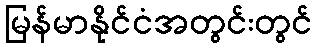
မြန်မာနိုင်ငံအတွင်းတွင်